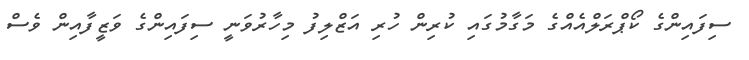
ސިފައިންގެ ކޯޕްރަލްއެއްގެ މަގާމުގައި ކުރިން ހުރި އަޒްލިފު މިހާރުވަނީ ސިފައިންގެ ވަޒީފާއިން ވެސް